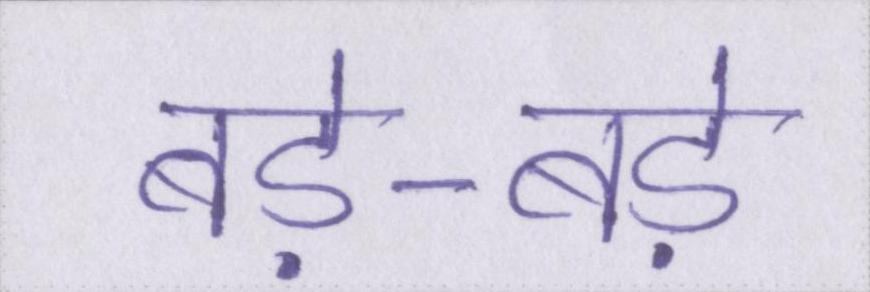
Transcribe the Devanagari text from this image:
बड़े-बड़े